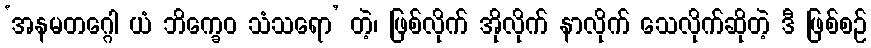
‘အနမတဂ္ဂေါ ယံ ဘိက္ခေဝ သံသရော’ တဲ့၊ ဖြစ်လိုက် အိုလိုက် နာလိုက် သေလိုက်ဆိုတဲ့ ဒီ ဖြစ်စဉ်